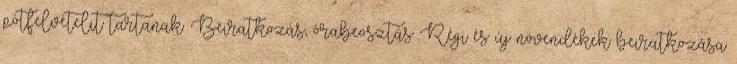
pótfelvételit tartanak. Beiratkozás, órabeosztás: Régi és új növendékek beiratkozása